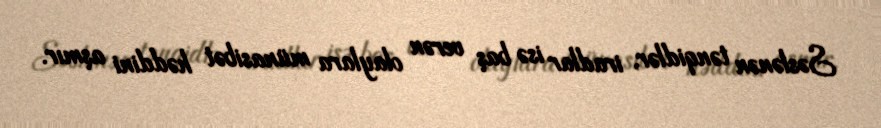
Səslənən tənqidlər, iradlar isə baş verən olaylara münasibət həddini aşmır.